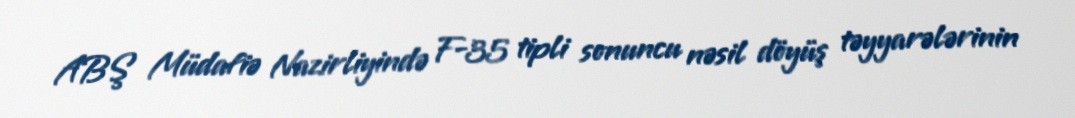
ABŞ Müdafiə Nazirliyində F-35 tipli sonuncu nəsil döyüş təyyarələrinin